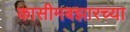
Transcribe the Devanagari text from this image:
कासीमबझारच्या